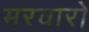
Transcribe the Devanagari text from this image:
मरवारों